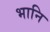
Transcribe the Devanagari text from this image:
भानि